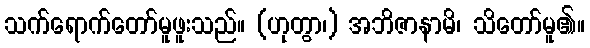
သက်ရောက်တော်မူဖူးသည်။ (ဟုတွာ၊) အဘိဇာနာမိ၊ သိတော်မူ၏။